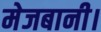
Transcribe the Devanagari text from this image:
मेजबानी।